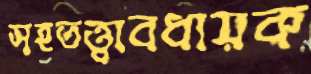
সহতত্ত্বাবধায়ক